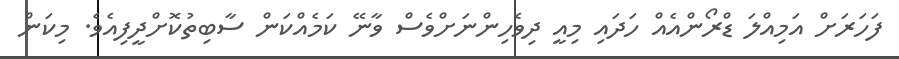
ފަހަރަށް އަމިއްލަ ޑްރޯންއެއް ހަދައި މިއީ ދިވެހިންނަށްވެސް ވާނޭ ކަމެއްކަން ސާބިތުކޮށްދީފިއެވެ. މިކަން